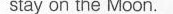
stay on the Moon.